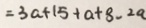
= 3 a + 1 5 + a + 8 - 2 a